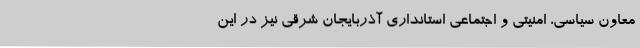
معاون سیاسی، امنیتی و اجتماعی استانداری آذربایجان شرقی نیز در این